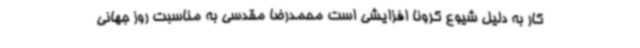
کار به دلیل شیوع کرونا افزایشی است محمدرضا مقدسی به مناسبت روز جهانی